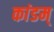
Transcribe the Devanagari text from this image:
कांडम्